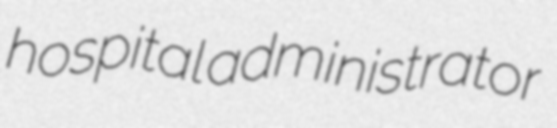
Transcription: hospital administrator